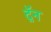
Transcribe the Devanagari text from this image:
द़ॅन